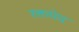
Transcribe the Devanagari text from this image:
रक्तभेद